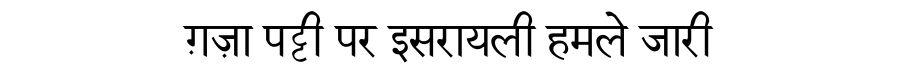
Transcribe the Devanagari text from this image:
ग़ज़ा पट्टी पर इसरायली हमले जारी